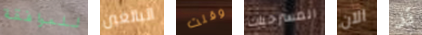
للموافقة البالغين وقلت المسرحيات الآن قد